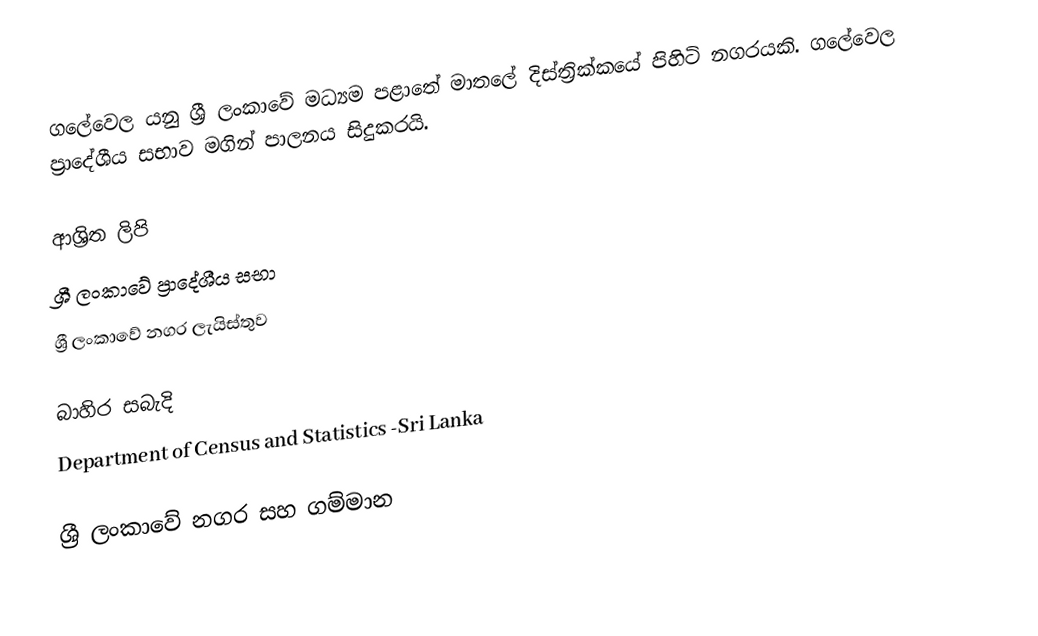
ගලේවෙල  යනු ශ්‍රී ලංකාවේ මධ්‍යම පළාතේ	මාතලේ දිස්ත්‍රික්කයේ	පිහිටි නගරයකි. ගලේවෙල ප්‍රාදේශීය සභාව මගින් පාලනය සිදුකරයි.

ආශ්‍රිත ලිපි
ශ්‍රී ලංකාවේ ප්‍රාදේශීය සභා
ශ්‍රී ලංකාවේ නගර ලැයිස්තුව

බාහිර සබැදි
Department of Census and Statistics -Sri Lanka

ශ්‍රී ලංකාවේ නගර සහ ගම්මාන